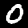
Digit: 0